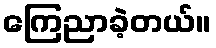
ကြေညာခဲ့တယ်။